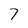
Character: 7